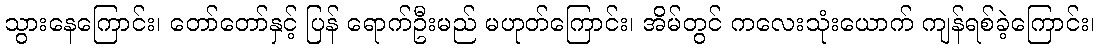
သွားနေကြောင်း၊ တော်တော်နှင့် ပြန် ရောက်ဦးမည် မဟုတ်ကြောင်း၊ အိမ်တွင် ကလေးသုံးယောက် ကျန်ရစ်ခဲ့ကြောင်း၊